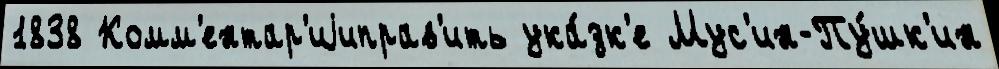
1838 Комм'ентар'иjиправ'ить ука́зк'е Мус'ин-Пу́шк'ин